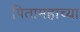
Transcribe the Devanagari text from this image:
पितामहाच्या